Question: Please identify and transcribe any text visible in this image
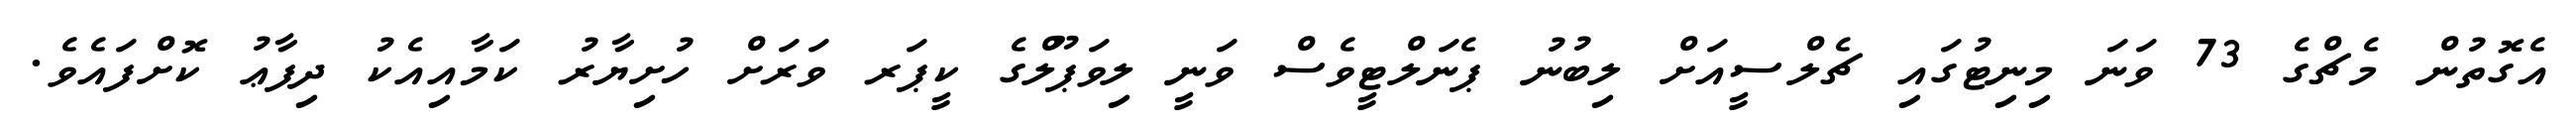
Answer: އެގޮތުން މެޗްގެ 73 ވަނަ މިނިޓުގައި ޗެލްސީއަށް ލިބުނު ޕެނަލްޓީވެސް ވަނީ ލިވަޕޫލްގެ ކީޕަރ ވަރަށް ހުށިޔާރު ކަމާއިއެކު ދިފާޢު ކޮށްފައެވެ.